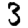
Digit: 3